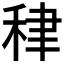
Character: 𥞰